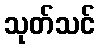
သုတ်သင်